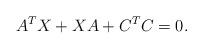
LaTeX: \begin{align*} A^T X + X A + C^T C = 0.\end{align*}